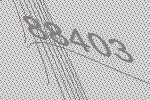
88403